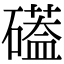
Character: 𮁌